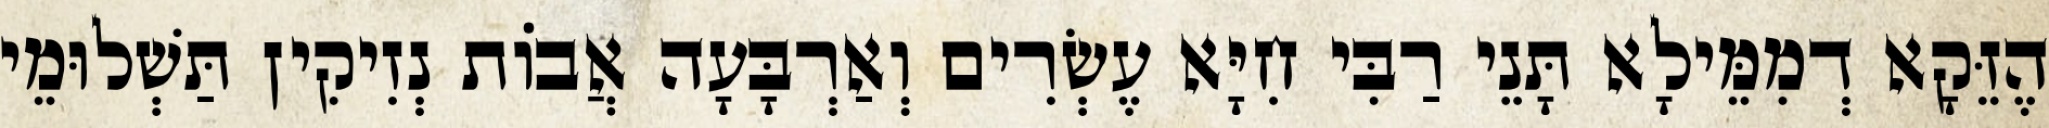
הֶזֵּקָא דְמִמֵּילָא תָּנֵי רַבִּי חִיָּא עֶשְׂרִים וְאַרְבָּעָה אֲבוֹת נְזִיקִין תַּשְׁלוּמֵי